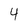
Character: 4